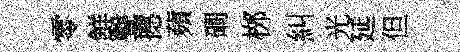
零鮮聲撼蘋磵桞糾光延但